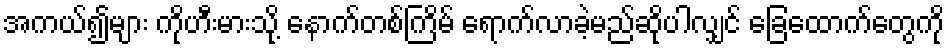
အကယ်၍များ ကိုဟီးမားသို့ နောက်တစ်ကြိမ် ရောက်လာခဲ့မည်ဆိုပါလျှင် ခြေထောက်တွေကို